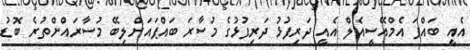
އެއީ ބައްޕަ އެމްއޭސީއެލް އެއީ ދަރިފުޅު ދަރިފުޅުގެ މުސާރަ ބައްޕައަށްލިބޭ މުސާރައްށްތުރެ ބޮޑު